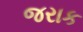
જરાક